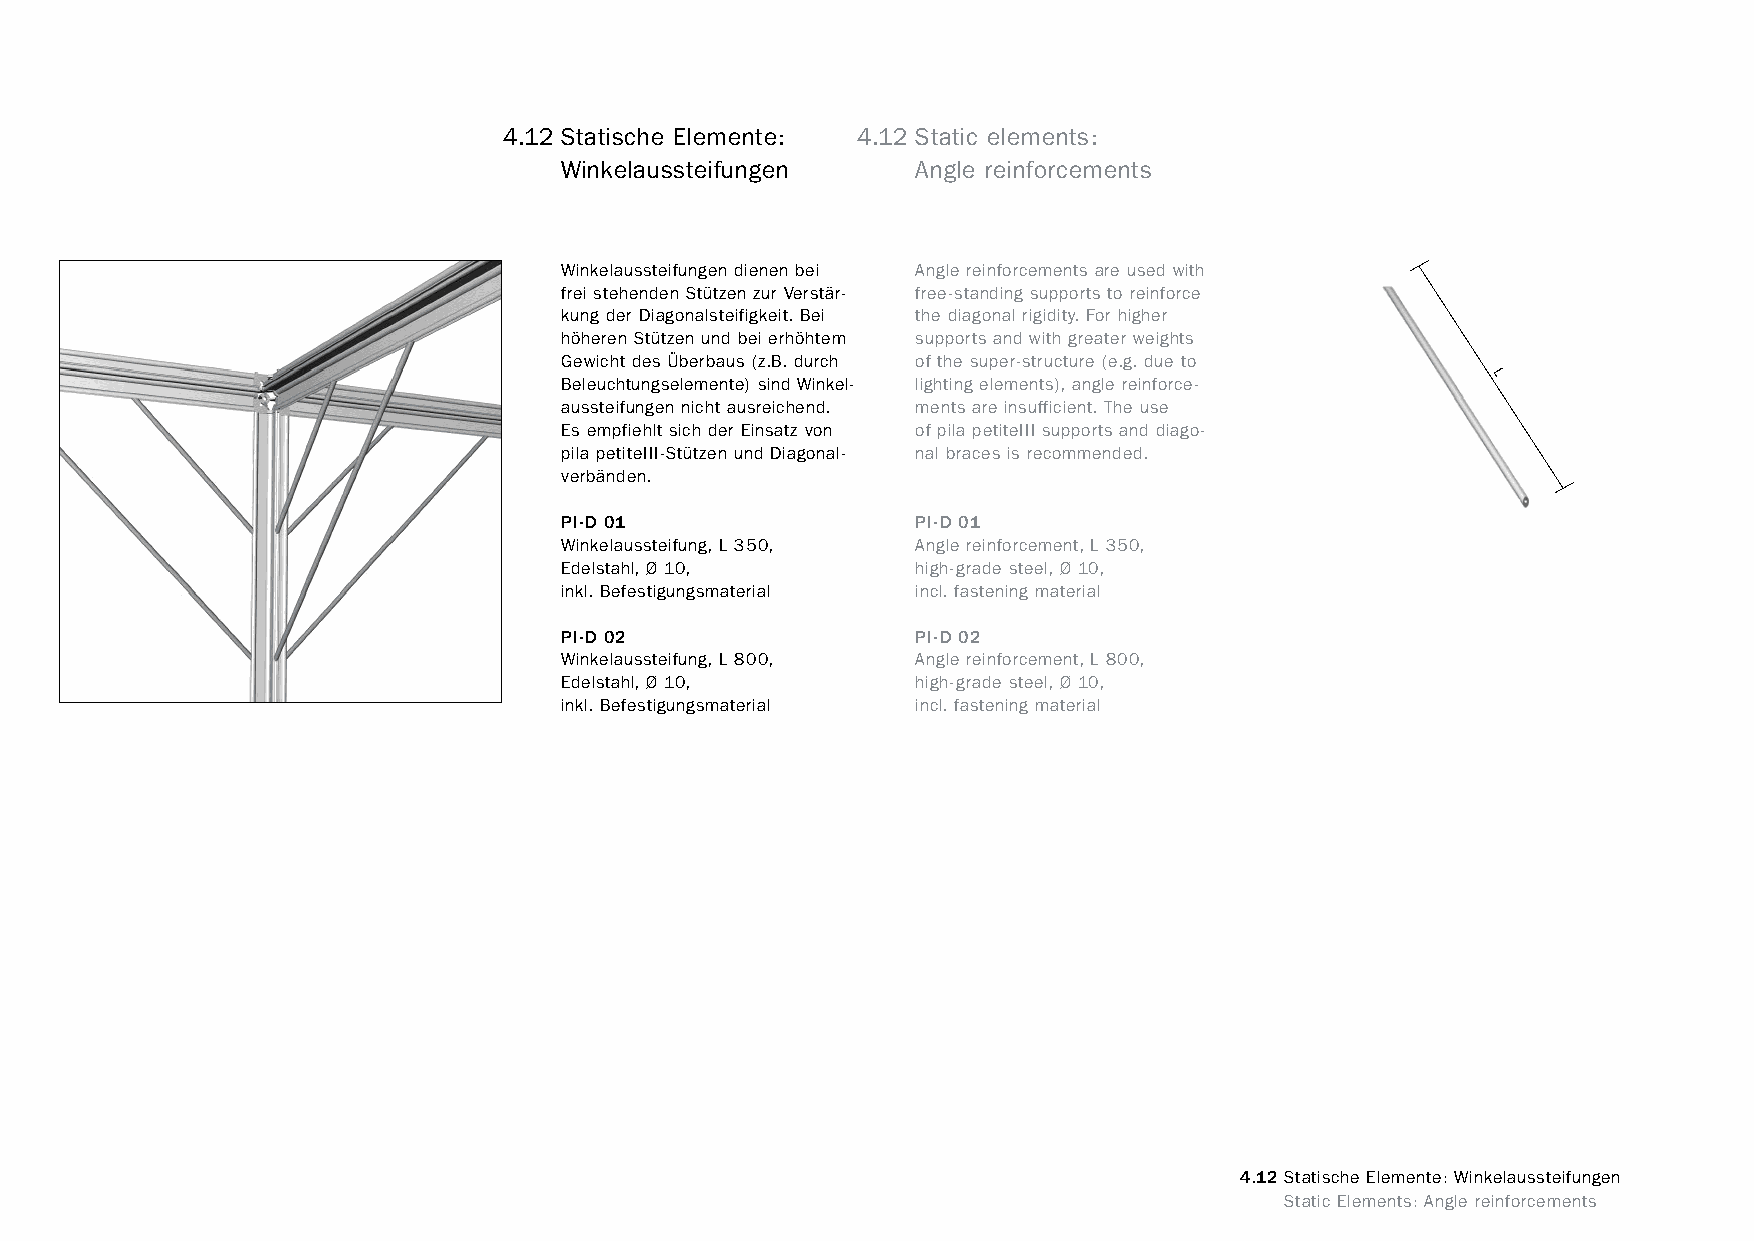
constructivpila petite       4.12 Statische Elemente: 4.12 Static elements:
 Winkelaussteifungen     Angle reinforcements
 Winkelaussteifungen dienen bei Angle reinforcements are used with
 frei stehenden Stützen zur Verstär- free-standing supports to reinforce
 kung der Diagonalsteifigkeit. Bei the diagonal rigidity. For higher
 höheren Stützen und bei erhöhtem supports and with greater weights
 Gewicht des Überbaus (z.B. durch of the super-structure (e.g. due to
 Beleuchtungselemente) sind Winkel- lighting elements), angle reinforce- L
 aussteifungen nicht ausreichend. ments are insufficient. The use
 Es empfiehlt sich der Einsatz von of pila petiteIII supports and diago-
 pila petiteIII-Stützen und Diagonal- nal braces is recommended.
 verbänden.
 PI-D 01                 PI-D 01
 Winkelaussteifung, L 350, Angle reinforcement, L 350,
 Edelstahl, Ø 10,        high-grade steel, Ø 10,
 inkl. Befestigungsmaterial incl. fastening material
 PI-D 02                 PI-D 02
 Winkelaussteifung, L 800, Angle reinforcement, L 800,
 Edelstahl, Ø 10,        high-grade steel, Ø 10,
 inkl. Befestigungsmaterial incl. fastening material
 4.12 Statische Elemente: Winkelaussteifungen
 www.burkhardtleitner.de                                                          Static Elements: Angle reinforcements